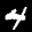
Label: 4